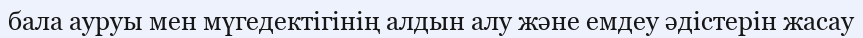
бала ауруы мен мүгедектігінің алдын алу және емдеу әдістерін жасау